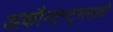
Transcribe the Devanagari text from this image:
अकौन्टन्ट्‌ससाठी